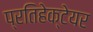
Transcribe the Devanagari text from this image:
प्रतिहेक्टेयर